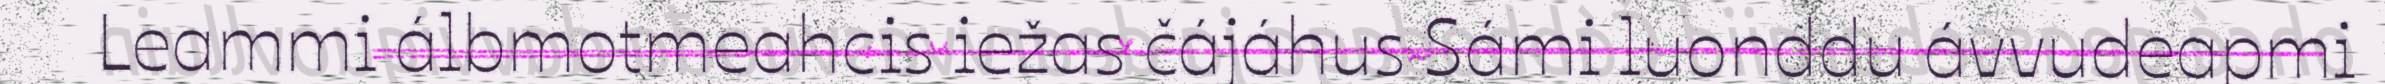
Leammi álbmotmeahcis iežas čájáhus Sámi luonddu ávvudeapmi